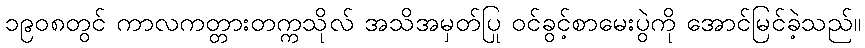
၁၉၀၈တွင် ကာလကတ္တားတက္ကသိုလ် အသိအမှတ်ပြု ဝင်ခွင့်စာမေးပွဲကို အောင်မြင်ခဲ့သည်။